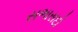
સભાસદો